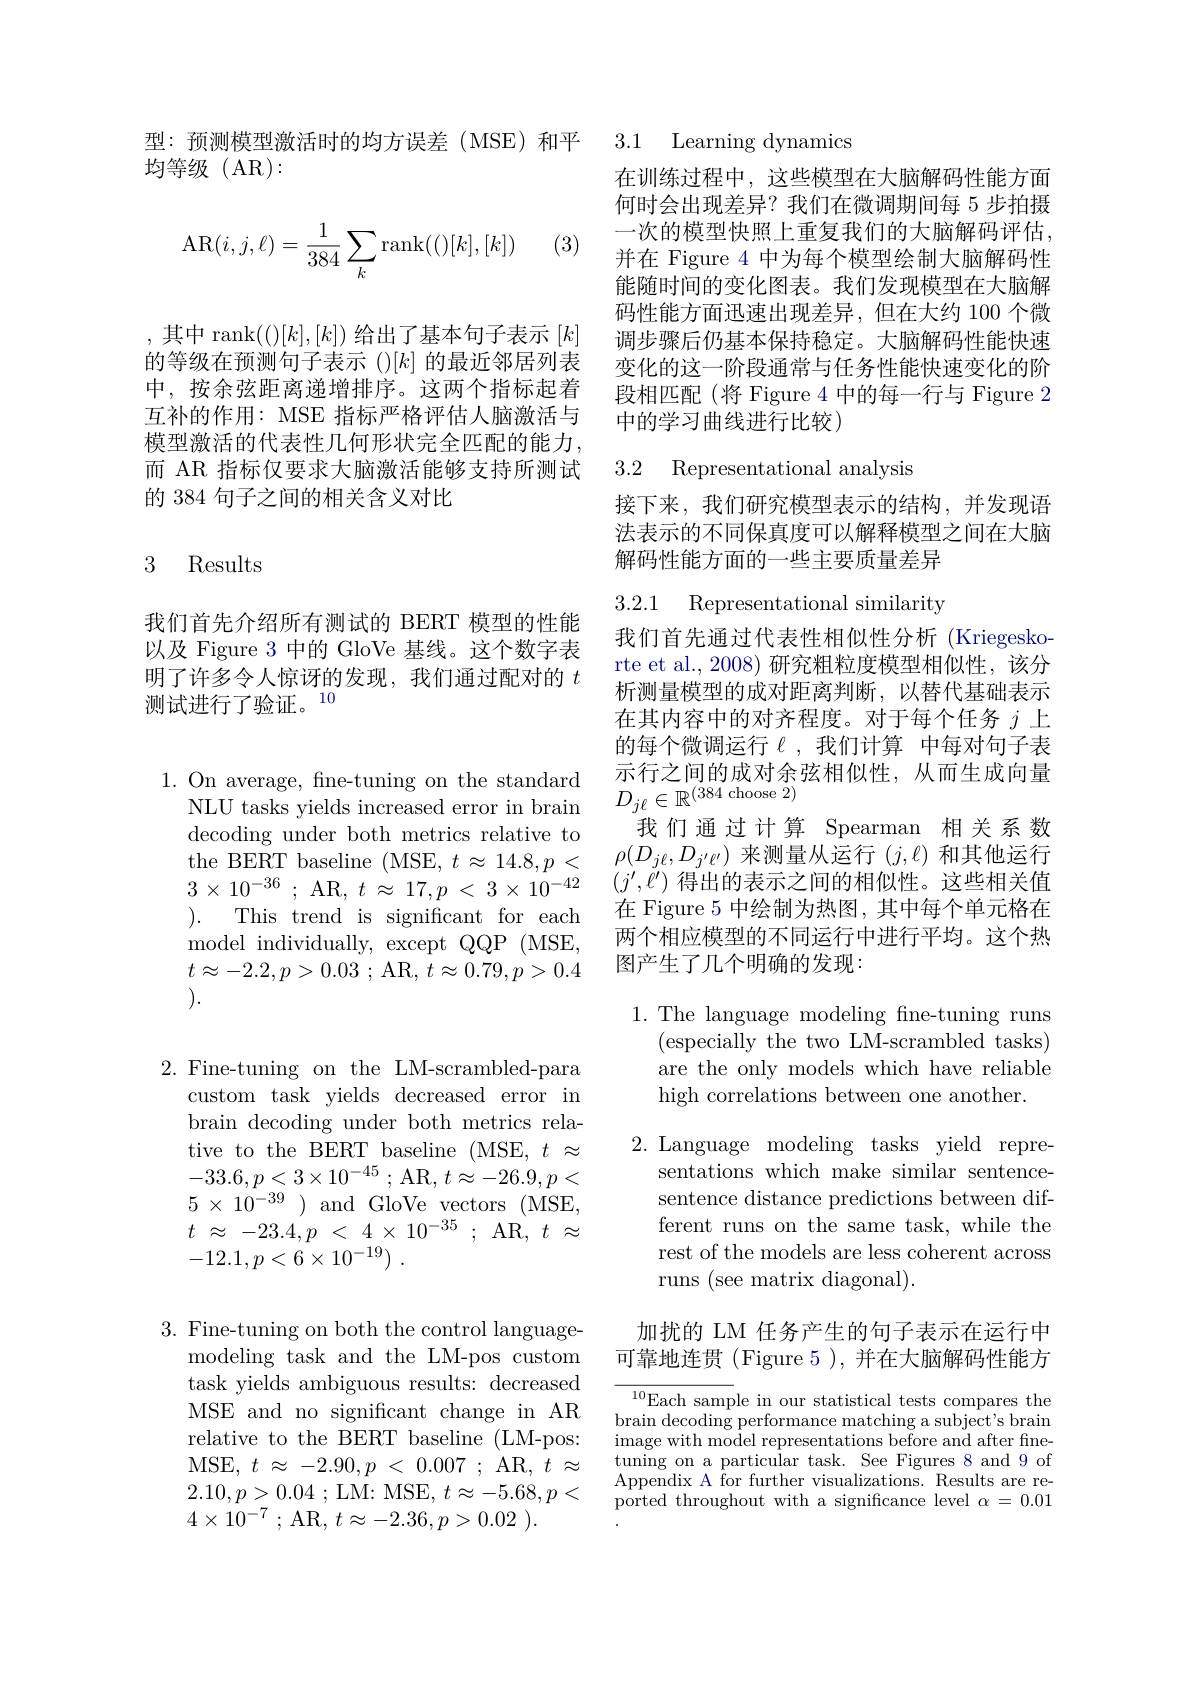
均等级(AR):

(3)
$$\mathrm{AR}(i,j,\ell)=\frac{1}{384}\sum_{k}\mathrm{rank}(()[k],[k])$$
,其中$\operatorname{rank}(()[k],[k])$ 给出了基本句子表示 $[k]$ 的等级在预测句子表示()$[k]$的最近邻居列表中，按余弦距离递增排序。这两个指标起着互补的作用：MSE 指标严格评估人脑激活与模型激活的代表性几何形状完全匹配的能力， 而 AR 指标仅要求大脑激活能够支持所测试的 384 句子之间的相关含义对比

## 3 Results

我们首先介绍所有测试的 BERT 模型的性能以及 Figure 3 中的 GloVe 基线。这个数字表明了许多令人惊讶的发现，我们通过配对的$t$ 测试进行了验证。10

$1.{\mathrm{~On~average,~fne-tuning~on~the~standard}}$
NLU tasks yields increased error in brain decoding under both metrics relative to ). This trend is significant for each model individually, except QQP (MSE, $t\approx - 2. 2, p> 0. 03$ ; AR, $t\approx 0. 79, p> 0. 4$ ).

2.Fine-tuning on the LM-scrambled-para
custom task yields decreased error in brain decoding under both metrics relative to the BERT baseline (MSE, $t\approx$ $- 33. 6, p< 3\times 10^{- 45}$ ; AR$,t\approx-26.9,p<$ $5\times10^{-39}$)and GloVe vectors (MSE, $t$ $\approx$ $- 23. 4, p$ < 4 $\times$ $10^{- 35}$ ; AR, $t$ $\approx$ $- 12. 1, p< 6\times 10^{- 19})$ .

型：预测模型激活时的均方误差(MSE)和平 3.1 Learning dynamics

在训练过程中，这些模型在大脑解码性能方面何时会出现差异？我们在微调期间每 5 步拍摄一次的模型快照上重复我们的大脑解码评估， 并在 Figure 4 中为每个模型绘制大脑解码性能随时间的变化图表。我们发现模型在大脑解码性能方面迅速出现差异，但在大约 100 个微调步骤后仍基本保持稳定。大脑解码性能快速变化的这一阶段通常与任务性能快速变化的阶段相匹配(将 Figure 4 中的每一行与 Figure 2中的学习曲线进行比较)

3.2 Representational analysis

接下来，我们研究模型表示的结构，并发现语法表示的不同保真度可以解释模型之间在大脑解码性能方面的一些主要质量差异

3.2.1 Representational similarity

我们首先通过代表性相似性分析 (Kriegeskorte et al.,2008) 研究粗粒度模型相似性，该分析测量模型的成对距离判断，以替代基础表示在其内容中的对齐程度。对于每个任务$j$上的每个微调运行$\ell$,我们计算 中每对句子表示行之间的成对余弦相似性，从而生成向量$D_{j\ell}\in\mathbb{R}^{(384\mathrm{~choose~}2)}$
我们通过计算 Spearman 相关系数
$\begin{array}{lll}{\mathrm{the~BERT~baseline~(MSE,~}t\approx14.8,p<}&{\rho(D_{j\ell},D_{j^{\prime}\ell^{\prime}})~\text{来测量从运行 }(j,\ell)~\text{和其他运行}}\\{3\times10^{-36};~\mathrm{AR,~}t\approx~17,p<~3\times~10^{-42}}&{(j^{\prime},\ell^{\prime})~\text{得出的表示之间的相似性。这些相关值}}\\{\text{在 Ficuro 5 中绘制为热图 甘巾气企单元枚在}}\end{array}$
在 Figure 5 中绘制为热图，其中每个单元格在两个相应模型的不同运行中进行平均。这个热图产生了几个明确的发现：

1. The language modeling fine-tuning runs
(especially the two LM-scrambled tasks) are the only models which have reliable high correlations between one another.

2. Language modeling tasks yield repre-
sentations which make similar sentencesentence distance predictions between different runs on the same task, while the rest of the models are less coherent across runs (see matrix diagonal).

加扰的 LM 任务产生的句子表示在运行中可靠地连贯(Figure 5),并在大脑解码性能方

${^{10}\text{Each samp}}$le in our statistical tests compares the brain decoding performance matching a subject's brain image with model representations before and after finetuning on a particular task. See Figures 8 and 9 of Appendix A for further visualizations. Results are reported throughout with a significance level $\alpha=0.01$

3. Fine-tuning on both the control language-
modeling task and the LM-pos custom task yields ambiguous results: decreased MSE and no significant change in AR relative to the BERT baseline (LM-pos: MSE,$t\approx-2.90,p<0.007;$AR$,t\approx$ $2. 10, p> 0. 04$ ;LM: MSE$,t\approx-5.68,p<$ $4\times 10^{- 7}$ ; AR, $t\approx - 2. 36, p> 0. 02$ ).